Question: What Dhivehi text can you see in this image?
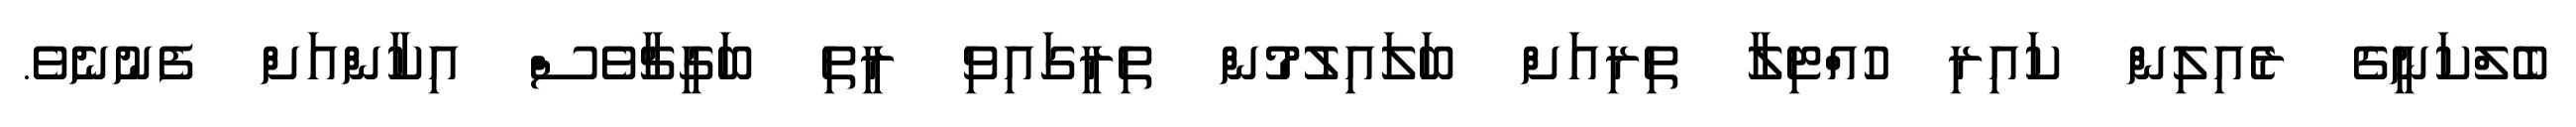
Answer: ބެލްކަނީގެ ރެއިލިން ކައިރި ހުއްޓިލާ ތިރިއަށް ބަލައިލުމުން ތިރީގައިވި ރީތި ބަގީޗާވެސް އިކާންއަށް ފެނުނެވެ.